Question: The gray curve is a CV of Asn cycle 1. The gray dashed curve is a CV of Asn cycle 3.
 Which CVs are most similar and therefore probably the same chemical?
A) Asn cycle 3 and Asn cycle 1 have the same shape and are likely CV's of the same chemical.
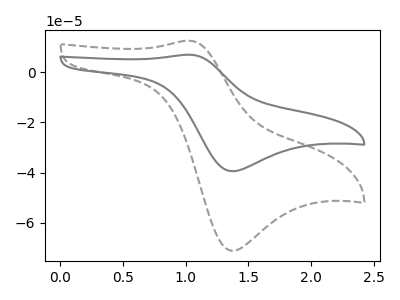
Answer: <think>The gray curve "Asn cycle 1" has an anodic peak at (1.05V, 6.95uA) and a cathodic peak at (1.35V, -39.45uA). The gray dashed curve "Asn cycle 3" has an anodic peak at (1.05V, 12.50uA) and a cathodic peak at (1.35V, -71.15uA).
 All the peaks in "Asn cycle 1" have a peak in "Asn cycle 3" at the same potential. Every peak in "Asn cycle 1" is lower than every peak in "Asn cycle 3".</think>
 <answer>A) "Asn cycle 3" and "Asn cycle 1" have the same shape and are likely CV's of the same chemical.</answer>
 <eval>A</eval>